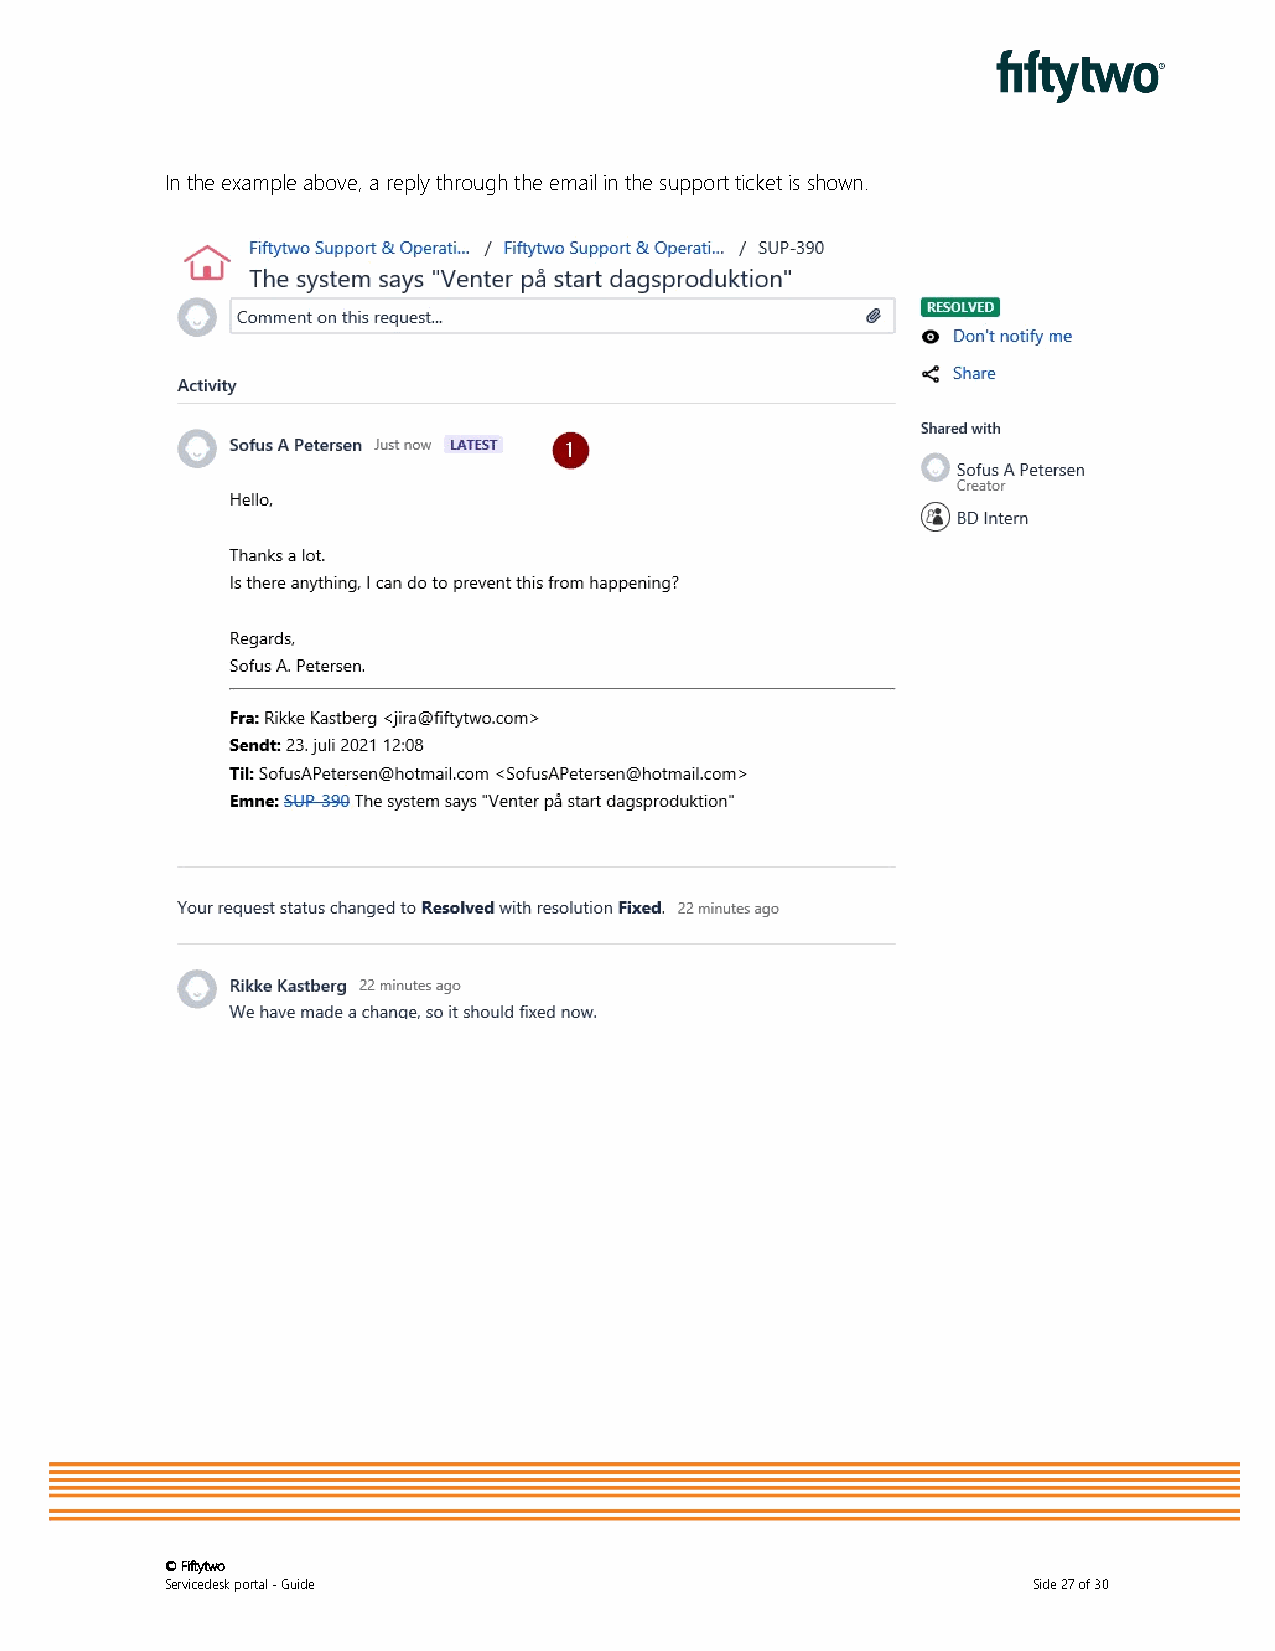
In the example above, a reply through the email in the support ticket is shown.
 © Fiftytwo
 Servicedesk portal - Guide                               Side 27 of 30